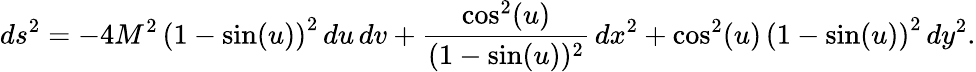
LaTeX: ds^{2}=-4M^{2}\, {{\left(1-\sin(u)\right)}^{2}}\, du\, dv+{\frac{\cos^{2}(u)}{{(1-\sin(u)})^{2}}}\, dx^{2}+{{{\cos^{2}(u)}}\, {\left(1-\sin(u)\right)}^{2}}\, dy^{2}.